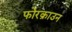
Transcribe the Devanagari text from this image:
फोरक्राउन